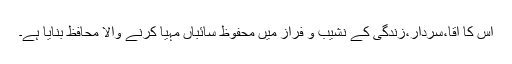
اس کا آقا،سردار،زندگی کے نشیب و فراز میں محفوظ سائباں مہیا کرنے والا محافظ بنایا ہے۔